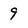
Character: 9